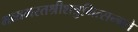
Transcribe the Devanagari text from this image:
भव्यभरतश्रीशत्रुभित्सन्नते